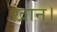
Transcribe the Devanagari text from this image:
ख़ान।